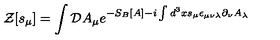
{ \mathcal Z } [ s _ { \mu } ] = \int { \mathcal D } A _ { \mu } e ^ { - S _ { B } [ A ] - i \int d ^ { 3 } x s _ { \mu } \epsilon _ { \mu \nu \lambda } \partial _ { \nu } A _ { \lambda } }